Annual report of the Punjab Veterinary College and of the Civil Veterinary Department, Punjab - 1926-1932
Year: 1926
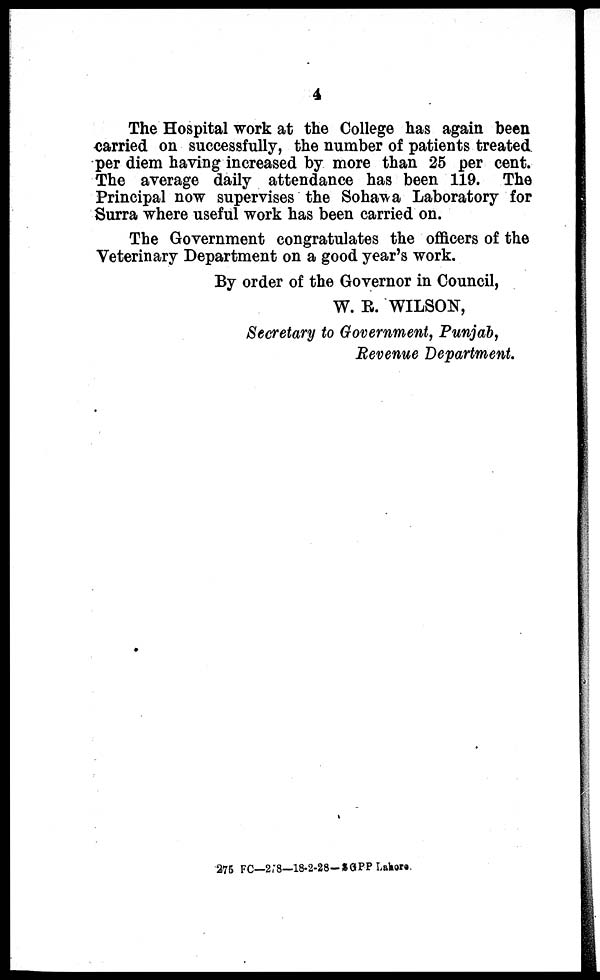
4
The Hospital work at the College has again been
carried on successfully, the number of patients treated
per diem having increased by more than 25 per cent.
The average daily attendance has been 119. The
Principal now supervises the Sohawa Laboratory for
Surra where useful work has been carried on.
The Government congratulates the officers of the
Veterinary Department on a good year's work.
By order of the Governor in Council,
W. R. WILSON,
Secretary to Government, Punjab,
Revenue Department.
275 FC—278—18-2-28-SGPP Lahore.